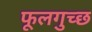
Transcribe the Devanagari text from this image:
फूलगुच्छ